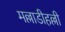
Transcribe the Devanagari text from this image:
मल्लाडीहल्ली